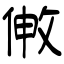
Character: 敒